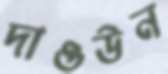
দাওউন